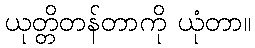
ယုတ္တိတန်တာကို ယုံတာ။